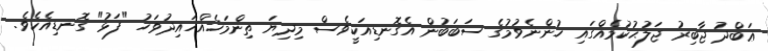
ޢަބްދު ޖާބިރު ޖަލުޙުކުމެއްގައި ހުންނެވުމުގެ ސަބަބުން އެގޮނޑިއަކީވެސް މިދިޔަ ތިންމަހެއްހައިދުވަހު "ފަޅު" ގޮނޑިއެކެވެ.